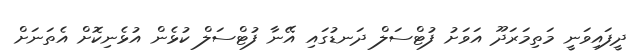
ދީފައިވަނީ މަތިމަރަދޫ އަވަށު ފުޓްސަލް ދަނޑުގައި އޭނާ ފުޓްސަލް ކުޅެން އުޅެނިކޮށް އެތަނަށް